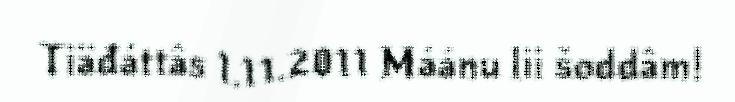
Tiäđáttâs 1.11.2011 Máánu lii šoddâm!